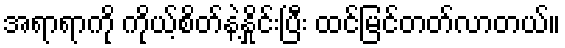
အရာရာကို ကိုယ့်စိတ်နဲ့နှိုင်းပြီး ထင်မြင်တတ်လာတယ်။